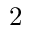
2